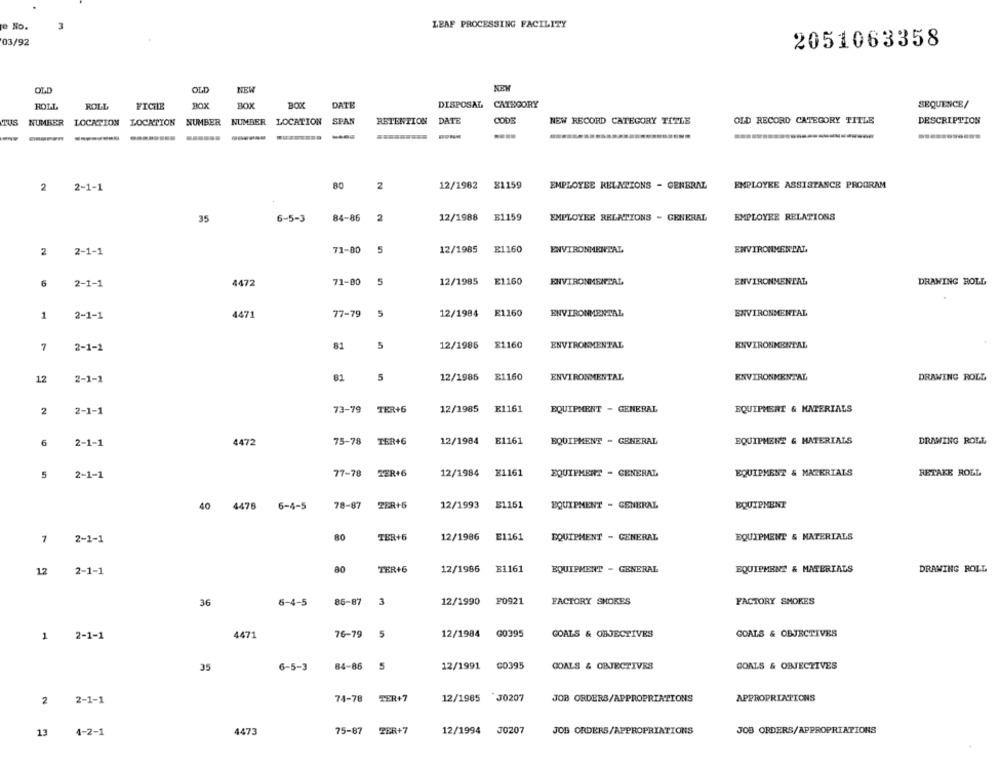
LEAF PROCESSING FACILITY
e No.
3
03/92
2051063358
OLD
OLD
NEW
ROLL
ROLL
FICHE
BOX
BOX
BOX
DATE
DISPOSAL CATEGORY
SEQUENCE/
TUS
NUMBER LOCATION
LOCATION NUMBER
NUMBER LOCATION
SPAN
RETENTION DATE
CODE
NEW RECORD CATEGORY TITLE
OLD RECORD CATEGORY TITLE
DESCRIPTION
80
12/1982
81159
EMPLOYEE ASSISTANCE PROGRAM
2
2-1-1
2
EMPLOYEE RELATIONS - GENERAL
35
6-5-3
84-86
2
12/1988
B1159
EMPLOYEE RELATIONS - GENERAL
EMPLOYEE RELATIONS
2
2-1-1
71-80
5
12/1985
E1160
ENVIRONMENTAL
ENVIRONMENTAL.
6
2-1-1
4472
71-00
5
12/1985
E1160
ENVIRONMENTAL
ENVIRONMENTAL
DRAWING ROLL
1
2-1-1
4471
77-79
5
12/1984
E1160
ENVIRONMENTAL
ENVIRONMENTAL
81
5
12/1986
£1160
ENVIRONMENTAL
ENVIRONMENTAL
7
2-1-1
81
5
12/1985
E1160
ENVIRONMENTAL
DRAWING ROLL
12
2-1-1
ENVIRONMENTAL
73-79 TER+6
12/1985
E1161
2
2-1-1
EQUIPMENT - GENERAL
EQUIPMENT & MATERIALS
6
2-1-1
4472
75-78
TER+6
12/1984
E1161
EQUIPMENT - GENERAL
EQUIPMENT & MATERIALS
DRAWING ROLL
5
2-1-1
77-78
TER+6
12/1984
X1161
EQUIPMENT - GENERAL
EQUIPMENT & MATERIALS
RETAKE ROLL
40
4478
6-4-5
78-87
PER+5
12/1993
E1161
EQUIPMENT - GENERAL
EQUIPMENT
7
80
TER+6
12/1986
E1161
EQUIPMENT - GENERAL
EQUIPMENT & MATERIALS
2-1-1
80
TER+6
12/1986
#1161
EQUIPMENT - GENERAL
EQUIPMENT & MATERIALS
DRAWING ROLL
12
2-1-1
86-87
F0921
36
6-4-5
3
12/1990
FACTORY SHORES
FACTORY SMOKES
1
2-1-1
1471
76-79
5
12/1984
0039
GOAL.S & OBJECTIVES
GOALS & OBJECTIVES
35
6-5-3
84-86
5
12/1991
C0395
GOALS & OBJECTIVES
GOALS & OBJECTIVES
74-78
TER+7
12/1985
J0207
JOB ORDERS/APPROPRIATIONS
APPROPRIATIONS
2
2-1-1
75-87
ZER+7
J0207
JOB ORDERS/APPROPRIATIONS
13
4-2-1
1473
12/1994
JOB ORDERS/APPROPRIATIONS